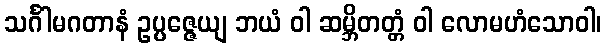
သင်္ဂါမဂတာနံ ဥပ္ပဇ္ဇေယျ ဘယံ ဝါ ဆမ္ဘိတတ္တံ ဝါ လောမဟံသောဝါ၊